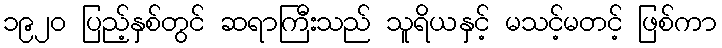
၁၉၂၀ ပြည့်နှစ်တွင် ဆရာကြီးသည် သူရိယနှင့် မသင့်မတင့် ဖြစ်ကာ